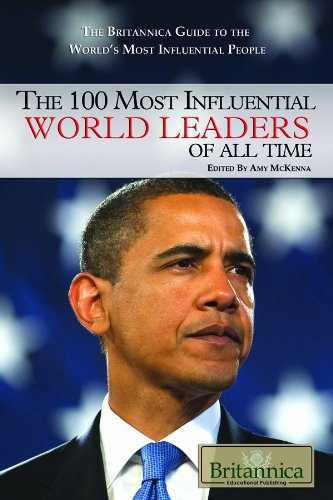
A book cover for The 100 Most Influential World Leaders of All Time (The Britannica Guide to the World's Most Influential People); Teen & Young Adult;